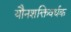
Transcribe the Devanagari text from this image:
यौनशक्तिवर्धक